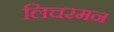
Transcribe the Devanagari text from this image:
लिचरमन